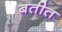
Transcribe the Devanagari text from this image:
बतीत